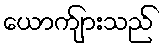
ယောက်ျားသည်